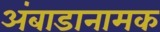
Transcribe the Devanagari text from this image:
अंबाडानामक